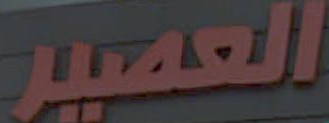
العصير